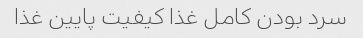
سرد بودن کامل غذا کیفیت پایین غذا